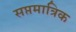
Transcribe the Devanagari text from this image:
सप्तमात्रिक